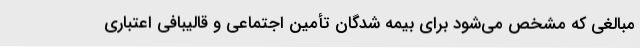
مبالغی که مشخص می‌شود برای بیمه شدگان تأمین اجتماعی و قالیبافی اعتباری